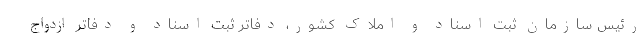
رئیس سازمان ثبت اسناد و املاک کشور، دفاتر ثبت اسناد و دفاتر ازدواج